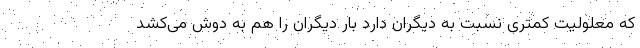
که معلولیت کمتری نسبت به دیگران دارد بار دیگران را هم به دوش می‌کشد